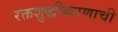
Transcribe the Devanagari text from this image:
रक्तशुद्धीकरणाची